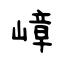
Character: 嶂